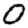
Digit: 0